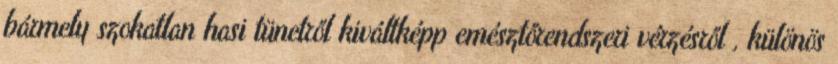
bármely szokatlan hasi tünetről kiváltképp emésztőrendszeri vérzésről , különös